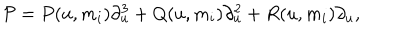
{ \cal P } = { P } ( u , m _ { i } ) \partial _ { u } ^ { 3 } + { Q } ( u , m _ { i } ) \partial _ { u } ^ { 2 } + { R } ( u , m _ { i } ) \partial _ { u } ,